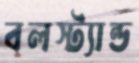
বলস্ট্যান্ড